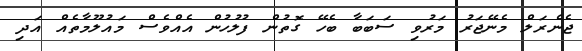
ޖެނެރަލް މެނޭޖަރު މަރުވި ސަބަބާ ބެހޭ ގޮތުން ފުލުހުން އެއްވެސް މައުލޫމާތެއް އަދި